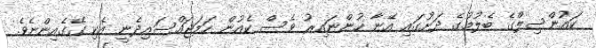
ކައުންސިލްގެ ބެލުމުގެ ދަށުގައި އޭނާ ހުންނައިރު ވެސް ކެއުން ހަމަޖައްސައިދެނީ އެކި ގޭގެއިންނެވެ.